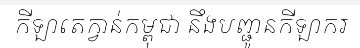
កីឡាតេក្វាន់កម្ពុជា នឹងបញ្ជូនកីឡាករ